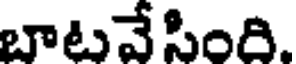
బాటవే సింది.